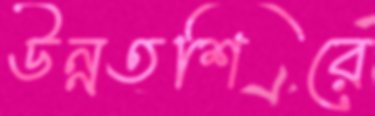
উন্নতশিরে